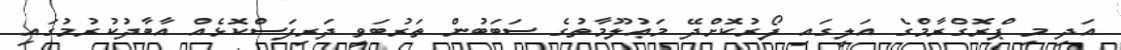
އަދި މި ޕްރޮގްރާމްގެ އަލީގައި ފޯރުކޮށްދޭ މަޢުލޫމާތުގެ ސަބަބުން ތަރުބަވީ ދަރިފަސްކޮޅެއް އާބާދުކުރުމުގައި